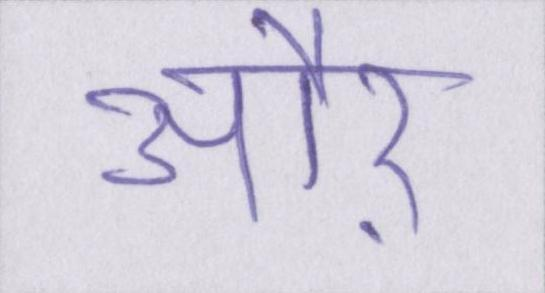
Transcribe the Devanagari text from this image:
औऱ